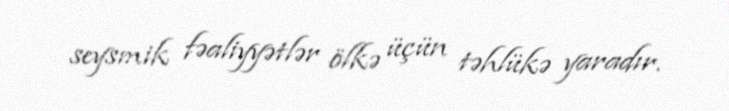
seysmik fəaliyyətlər ölkə üçün təhlükə yaradır.